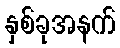
နှစ်ခုအနက်